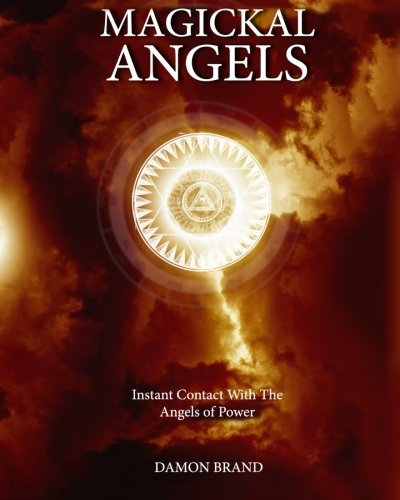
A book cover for Magickal Angels: Instant Contact With The Angels of Power; Damon Brand; Religion & Spirituality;